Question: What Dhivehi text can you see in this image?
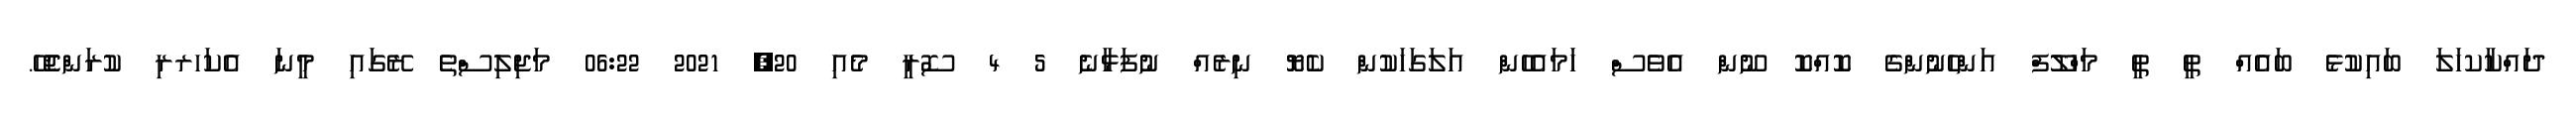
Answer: ދައްކާކހަލަ ބައިކުޅެ ބައެއް ތީ ތީ މަހްލޫފް އަންހެނުންގެ ކޮއްކޮ ނޫން އެވެސް ހަމައެހެން އަލަގަހަކުން ކެޔޮ ނިރެއް ނުފަޅާނެ 5 4 ސޮރީ މެއި 20, 2021 06:22 މަޖިލިސްތެ ރޭގައި މީނަ އެކަހރރި ކުރަންޖެހޭ.